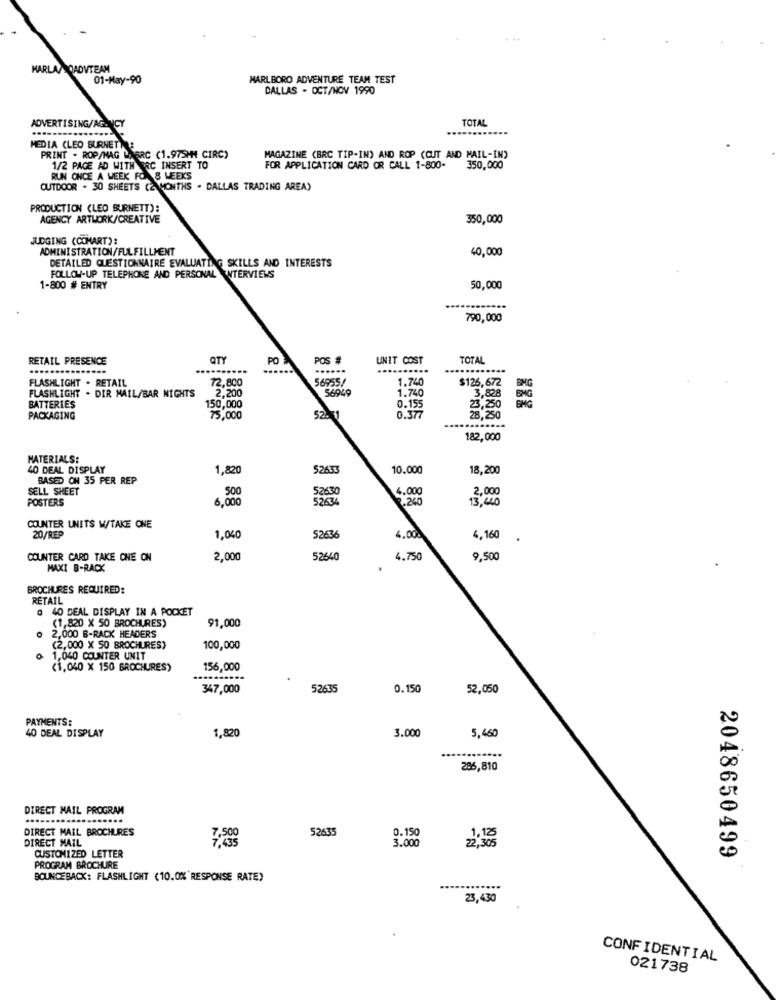
MARLA/ QADVTEAM
01-May-90
MARLBORO ADVENTURE TEAM TEST
DALLAS - OCT/NOV 1990
TOTAL
ADVERTISING/AG. CY
MEDIA CLEO BURNETT
PRINT - ROP/NAG WAERC (1.975HH CIRC)
MAGAZINE (BRC TIP-IN) AND ROP (CUT AND MAIL-IN)
1/2 PAGE AD WITH TRC INSERT TO
FOR APPLICATION CARD OR CALL 1-800-
350,000
RUN ONCE A WEEK FOR 8 WEEKS
OUTDOOR - 30 SHEETS (2 MONTHS . DALLAS TRADING AREA)
PRODUCTION (LEO BURNETT):
AGENCY ARTWORK/CREATIVE
350,000
JUDGING (COMART):
ADMINISTRATION/FULFILLMENT
40,000
DETAILED QUESTIONNAIRE EVALUATING SKILLS AND INTERESTS
FOLLOW-UP TELEPHONE AND PERSONAL INTERVIEWS
1-800 # ENTRY
50,000
790,000
RETAIL PRESENCE
QTY
PO
POS #
UNIT COST
TOTAL
FLASHLIGHT . RETAIL
72,800
56955/
1.740
$126,672
1.740
FLASHLIGHT . DIR MAIL/BAR NIGHTS
2,200
56949
3,808
BATTERIES
150,000
0.155
,200
PACKAGING
75,000
52. 3
0.377
28,250
182,000
MATERIALS:
40 DEAL DISPLAY
1,820
52633
10.000
18,200
BASED ON 35 PER REP
SELL SHEET
500
52630
4.000
2,000
POSTERS
6,000
52634
2.260
13,440
COUNTER UNITS WTAKE ONE
20/REP
1,040
52636
4.00
4,160
.
COUNTER CARD TAKE CHE ON
2,000
52640
4.750
9,500
MAXI B-RACK
BROCHURES REQUIRED:
RETAIL
@ 40 DEAL DISPLAY IN A POCKET
(1,820 X 50 BROCHURES)
o 2,000 B-RACK HEADERS
91,000
(2,000 X 50 BROCHURES)
100,000
0 1,040 COUNTER UNIT
(1,040 X 150 BROCHURES)
156,000
347,000
52635
0.150
52,050
PAYMENTS:
1,820
3.000
40 DEAL DISPLAY
5,460
286,810
DIRECT MAIL PROGRAM
DIRECT MAIL BROCHURES
52635
0.150
DIRECT MAIL
3.000
CUSTOMIZED LETTER
2048650499
PROGRAM BROCHURE
BOUNCEBACK: FLASHLIGHT (10.0%'RESPONSE RATE)
23,430
CONFIDENTIAL
021738